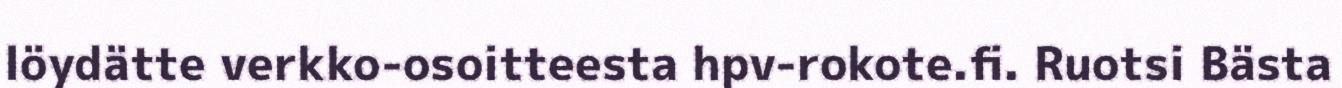
löydätte verkko-osoitteesta hpv-rokote.fi. Ruotsi Bästa